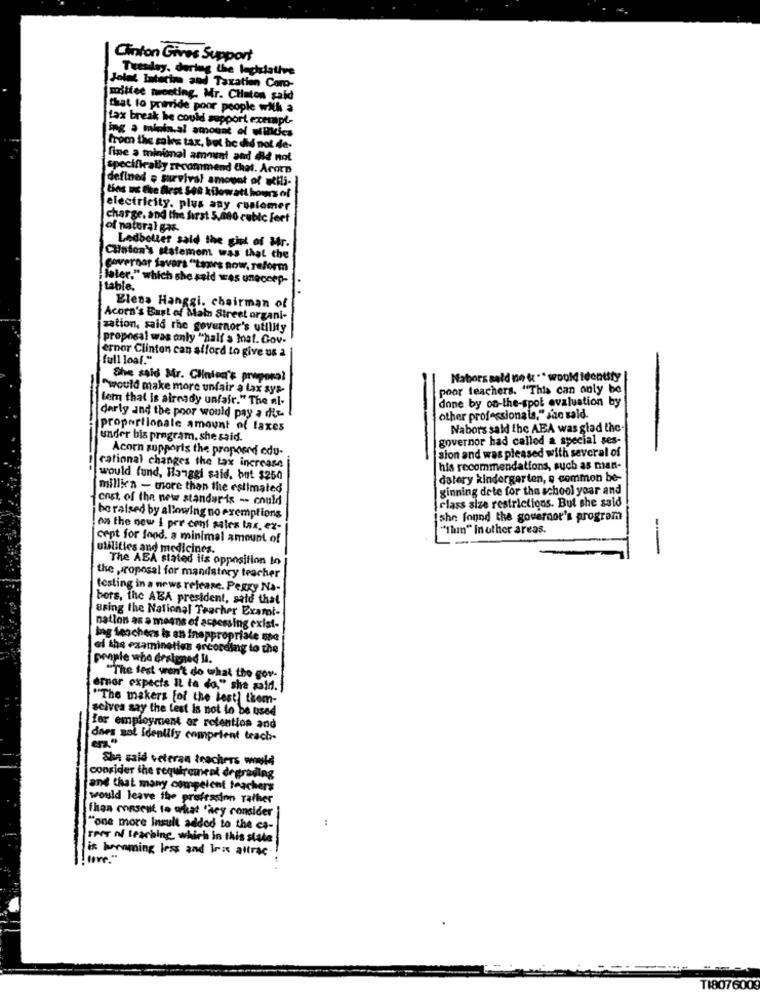
Clinton Gives Support
Tuesday, during the legislative
Jolet Interim and Taxation Coro-
mittee tweeting, Mr. Chaton said
that to primide poor people with a
fax break he could support exempt-
ing a minin.al amount of withdies
from the sales tax, but he did not de-
fine a minimal amount and did not
specifically recommend Chat. Acorn
defined e survival amount of utili-
Uns ux the flest 548 kilowatt hours of
electricity, plus any customer
charge, and the first 5,ano cubic feet
of natural gas-
Ledbetter said the gist of Mr.
Clinton's statemom was that the
Governor Savers "Laones now, reform
later," which she said was uneceep-
table.
Elena Hanggi. chairman of
Acorn's East of Main Street organi-
zation, said the governor's utility
proposal was only "half a Inat. Gov-
ernor Clinton can afford to give us a
full loaf."
She said Mr. Clinton's proposal
Nabors sald ne & ** would identify
"would make more unfair a lax sys-
poor teachers. "This can only be
tern that is already unfair." The al-
done by on-the-spot evaluation by
derly and the poor would pay a die-
other professionals," she said.
proportionale amount of taxes
-1-
Nabors said the AEA was glad the-
under bis program. she said.
governor had called a special ses-
Acorn supports the proposed edu-
|sion and was pleased with several of
rational changes the tax increase
his recommendations, such as man-
would fund, Hanggi said, but $250
datery kindergarten, e common be-
millien - more than the estimated
ginning dete for the school year and
cost. of the new standar is - could
class size restrictions. But she said
be raised by allowing no exemptions
Ishe found the governor's program
on the new i pre cent sales tax, ex-
"Ihm" In other areas.
cept for food. a minimal amount of
utilities and medicines.
-
The ABA stated ils opposition in
the proposal for mandatory teacher
testing in a news release. Peggy Na-
bors, the ABA president, said that
Bring the National Teacher Exami-
nation as a means of accessing exist-
ing teachers is an Inappropriate she
el the examinetien ercording to the
people who designed Il.
"The test won't do what the gov.
amor expects IL ta do," she saidi.
"The makers [of the best] them-
seives say the test is not to be used
for employment or retention and
dars sol identify comprient teach-
She said veteran teachers would
consider the requirement degrading
and that many competent teachers
would leave the profession rather
Then consent to what "hey consider
"one more Insult added to the ca-
reer ní teaching, which in this state
is benaming less and Ins altrac
TI807600